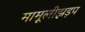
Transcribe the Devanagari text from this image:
मामूलीझड़प